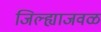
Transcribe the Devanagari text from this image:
जिल्ह्याजवळ